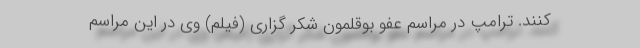
کنند. ترامپ در مراسم عفو بوقلمون شکر گزاری (فیلم) وی در این مراسم